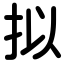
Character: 拟